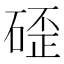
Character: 𮀬